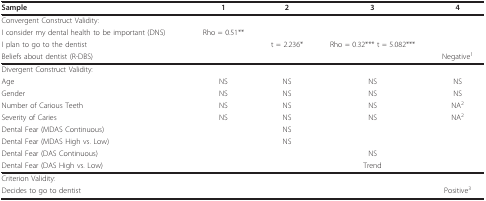
| Sample | 1 | 2 | 3 | 4 |
 | --- | --- | --- | --- | --- |
 | Convergent Construct Validity: |  |  |  |  |
 | I consider my dental health to be important (DNS) | Rho = 0.51** |  |  |  |
 | I plan to go to the dentist |  | t = 2.236* | Rho = 0.32*** t = 5.082*** |  |
 | Beliefs about dentist (R-DBS) |  |  |  | Negative1 |
 | Divergent Construct Validity: |  |  |  |  |
 | Age | NS | NS | NS | NS |
 | Gender | NS | NS | NS | NS |
 | Number of Carious Teeth | NS | NS | NS | NA2 |
 | Severity of Caries | NS | NS | NS | NA2 |
 | Dental Fear (MDAS Continuous) |  | NS |  |  |
 | Dental Fear (MDAS High vs. Low) |  | NS |  |  |
 | Dental Fear (DAS Continuous) |  |  | NS |  |
 | Dental Fear (DAS High vs. Low) |  |  | Trend |  |
 | Criterion Validity: |  |  |  |  |
 | Decides to go to dentist |  |  |  | Positive3 |